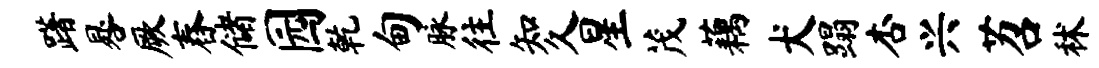
躇晷厥舂储园乾甸脉往知久星茂藕犬蹋杏兴苕秫